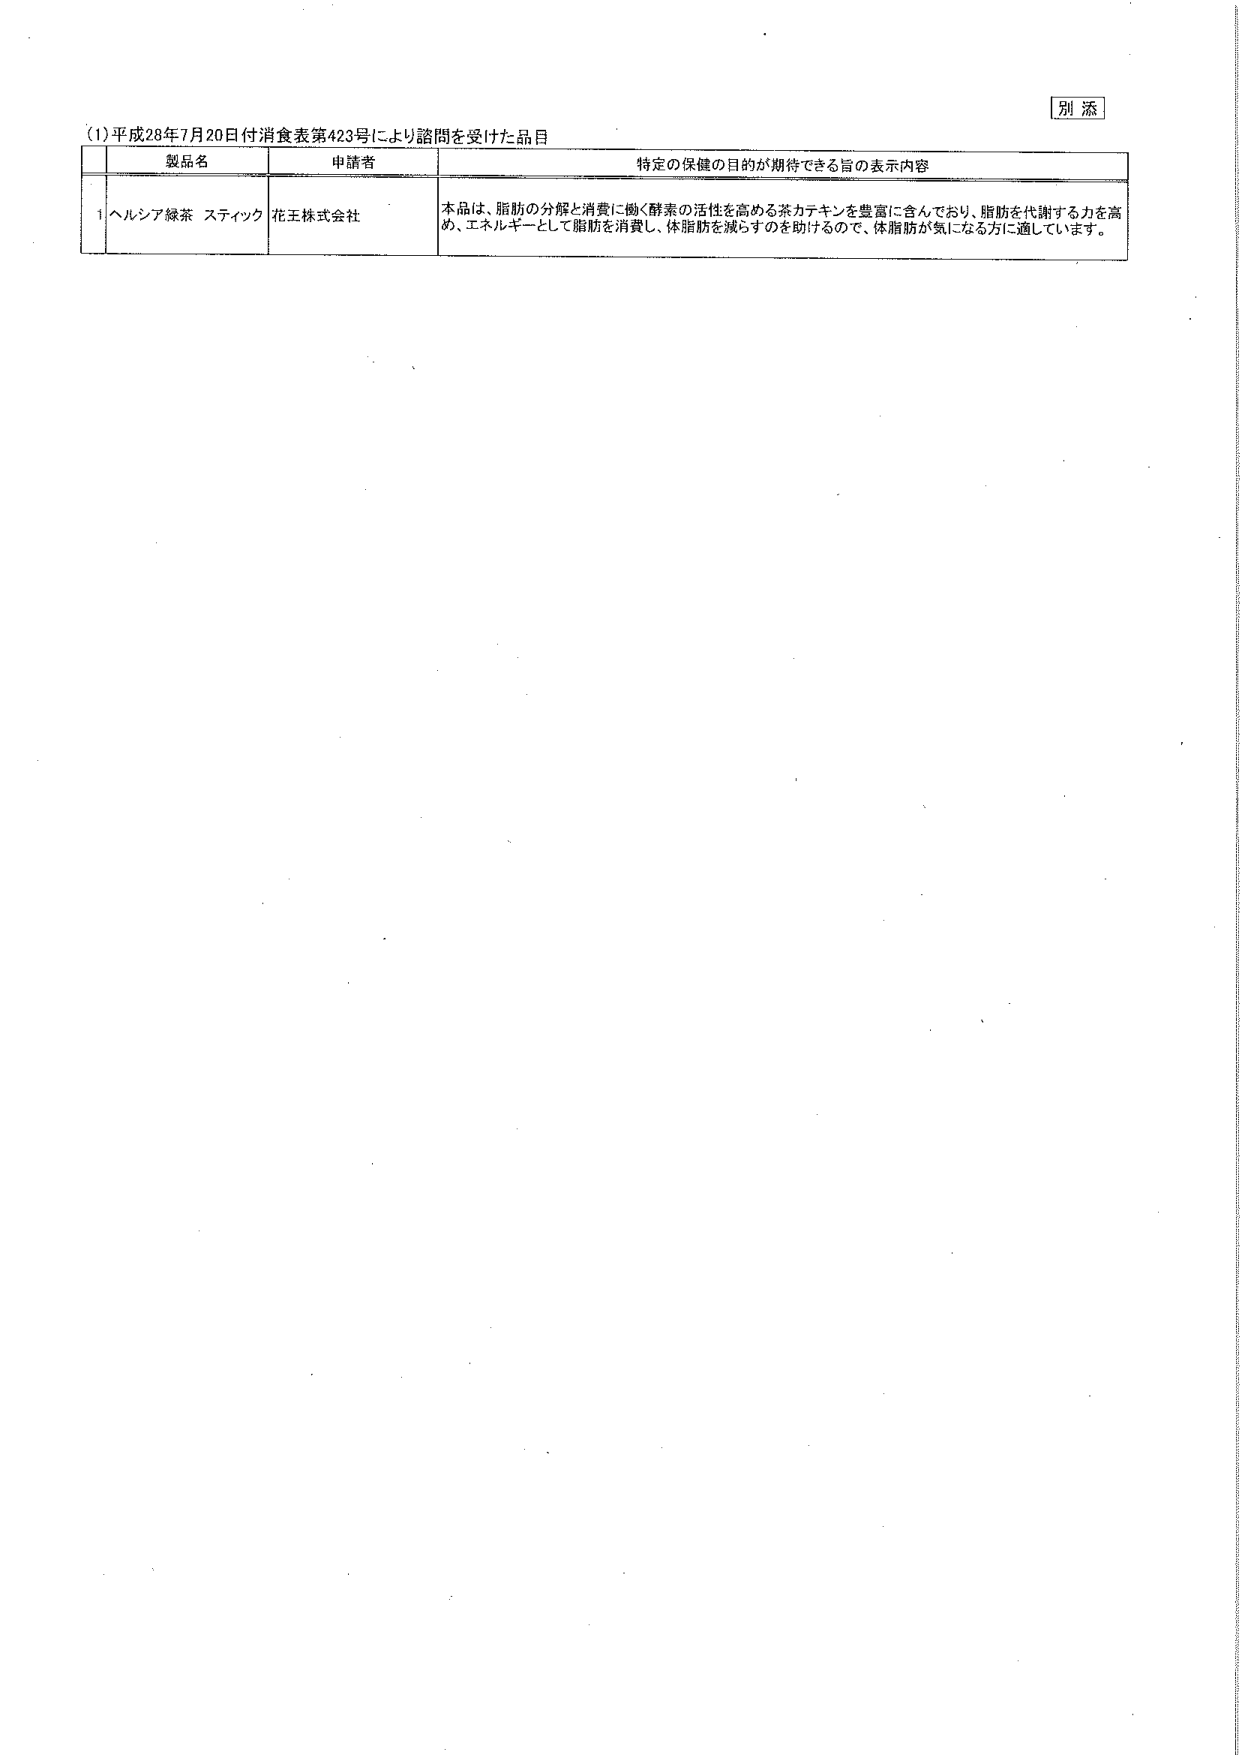
別添

(1) 平成28年7月20日付消費表第423号により諮問を受けた品目

製品名　　　　　　　　　　　申請者　　　　　　　　　　　特定の保健の目的が期待できる旨の表示内容

1 ヘルシア緑茶 スティック　花王株式会社　　　　　　本品は、脂肪の分解と消費に働く酵素の活性を高める茶カテキンを豊富に含んでおり、脂肪を代謝する力を高め、エネルギーとして脂肪を消費し、体脂肪を減らすのを助けるので、体脂肪が気になる方に適しています。